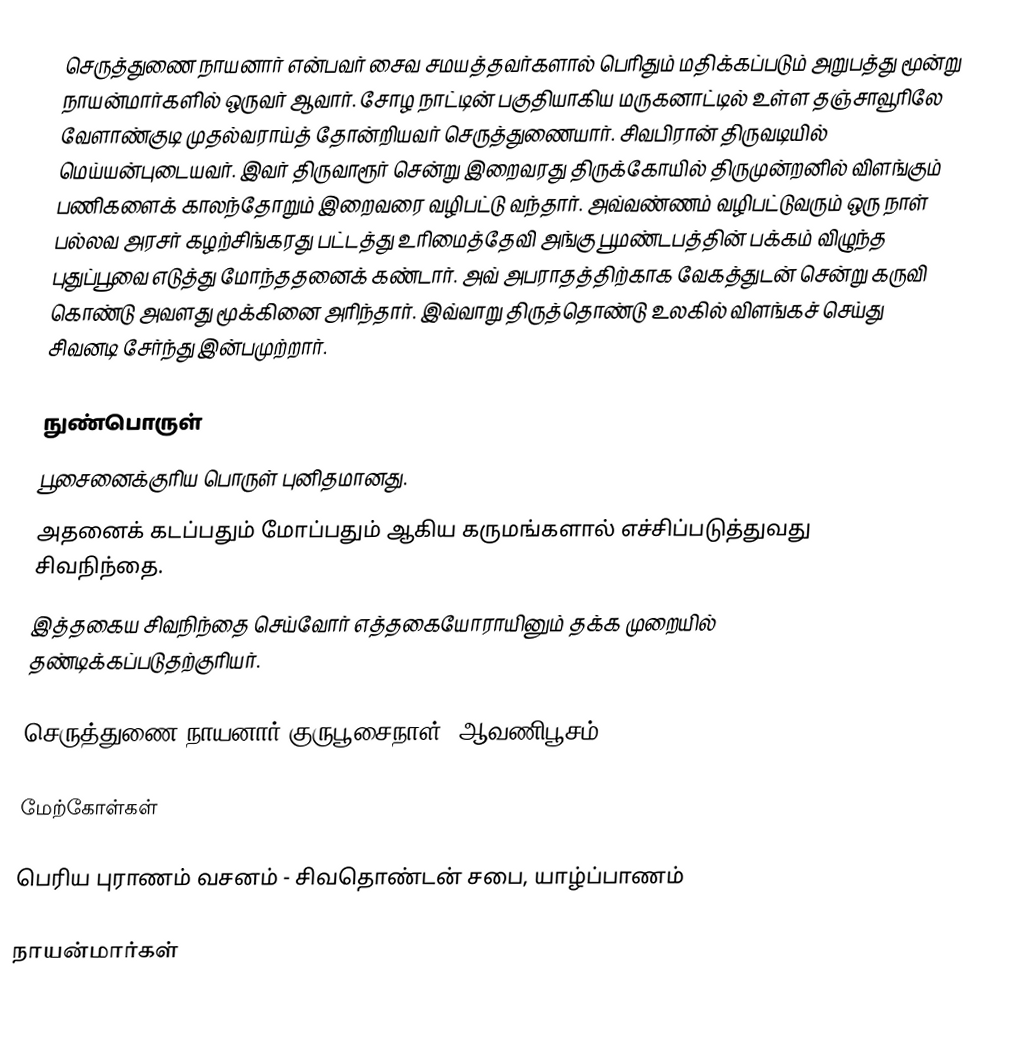
செருத்துணை நாயனார் என்பவர் சைவ சமயத்தவர்களால் பெரிதும் மதிக்கப்படும் அறுபத்து மூன்று நாயன்மார்களில் ஒருவர் ஆவார். சோழ நாட்டின் பகுதியாகிய மருகனாட்டில் உள்ள தஞ்சாவூரிலே வேளாண்குடி முதல்வராய்த் தோன்றியவர் செருத்துணையார். சிவபிரான் திருவடியில் மெய்யன்புடையவர். இவர் திருவாரூர் சென்று இறைவரது திருக்கோயில் திருமுன்றனில் விளங்கும் பணிகளைக் காலந்தோறும் இறைவரை வழிபட்டு வந்தார். அவ்வண்ணம் வழிபட்டுவரும் ஒரு நாள் பல்லவ அரசர் கழற்சிங்கரது பட்டத்து உரிமைத்தேவி அங்கு பூமண்டபத்தின் பக்கம் விழுந்த புதுப்பூவை எடுத்து மோந்ததனைக் கண்டார். அவ் அபராதத்திற்காக வேகத்துடன் சென்று கருவி கொண்டு  அவளது மூக்கினை அரிந்தார். இவ்வாறு திருத்தொண்டு உலகில் விளங்கச் செய்து சிவனடி சேர்ந்து இன்பமுற்றார்.

நுண்பொருள்
பூசைனைக்குரிய பொருள் புனிதமானது.
அதனைக் கடப்பதும் மோப்பதும் ஆகிய கருமங்களால் எச்சிப்படுத்துவது சிவநிந்தை.
இத்தகைய சிவநிந்தை செய்வோர் எத்தகையோராயினும் தக்க முறையில் தண்டிக்கப்படுதற்குரியர்.

செருத்துணை நாயனார் குருபூசைநாள்: ஆவணிபூசம்.

மேற்கோள்கள்

பெரிய புராணம் வசனம் - சிவதொண்டன் சபை, யாழ்ப்பாணம்

நாயன்மார்கள்